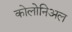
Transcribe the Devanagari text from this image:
कोलोनिअल